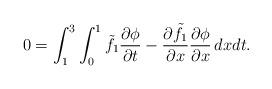
LaTeX: \begin{align*}0=\int_1^3\int_0^1 \tilde f_1\frac{\partial\phi}{\partial t}-\frac{\partial \tilde f_1}{\partial x}\frac{\partial \phi}{\partial x}\,dxdt.\end{align*}